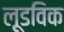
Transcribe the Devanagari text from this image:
लूडविक